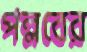
পল্লবের